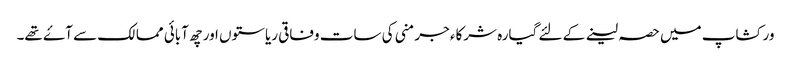
ورکشاپ میں حصہ لینے کے لئے گیارہ شرکاء جرمنی کی سات وفاقی ریاستوں اور چھ آبائی ممالک سے آۓ تھے۔